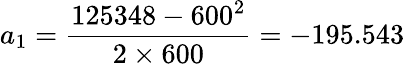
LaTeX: a_{1}={\frac{125348-600^{2}}{2\times 600}}=-195.543